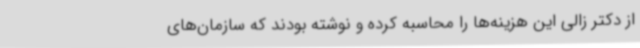
از دکتر زالی این هزینه‌ها را محاسبه کرده و نوشته بودند که سازمان‌های